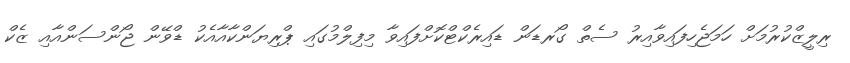
ރިލީޒްކުރުމަށް ހަމަޖެހިފައިވާއިރު ސެތް ގޯރޑަން ޑައިރެކްޓްކޮށްފައިވާ މިފިލްމުގައި ޕްރިޔަންކާއާއެކު ޑްވޭން ޖޯންސަންއާއި ޒެކް